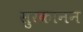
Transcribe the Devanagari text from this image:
सुरकानन